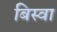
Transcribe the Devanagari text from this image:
बिस्‍वा